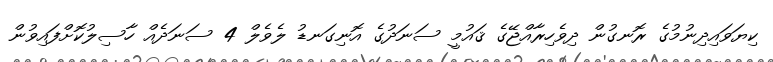
ކިޔަވައިދިނުމުގެ ރޮނގުން ދިވެހިރާއްޖޭގެ ޤައުމީ ސަނަދުގެ އޮނިގަނޑު ލެވެލް 4 ސަނަދެއް ހާސިލުކޮށްފައިވުން